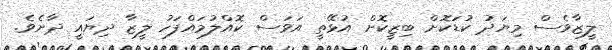
ލީޒާވެސް މިޔަދު ކުޑަކޮށް ބިޒީކޮށް އުޅޭތީ އަވަސް ކޮއްލުމައްފަހު ލީޒާ ދިޔައީ ދާށެވެ.